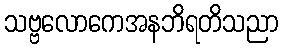
သဗ္ဗလောကေအနဘိရတိသညာ